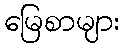
မြေစာများ